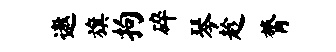
遨旗拘碎琴趁膂